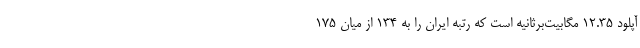
آپلود ۱۲.۳۵ مگابیت‌برثانیه است که رتبه ایران را به ۱۳۴ از میان ۱۷۵